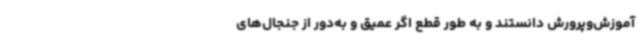
آموزش‌وپرورش دانستند و به طور قطع اگر عمیق و به‌دور از جنجال‌های